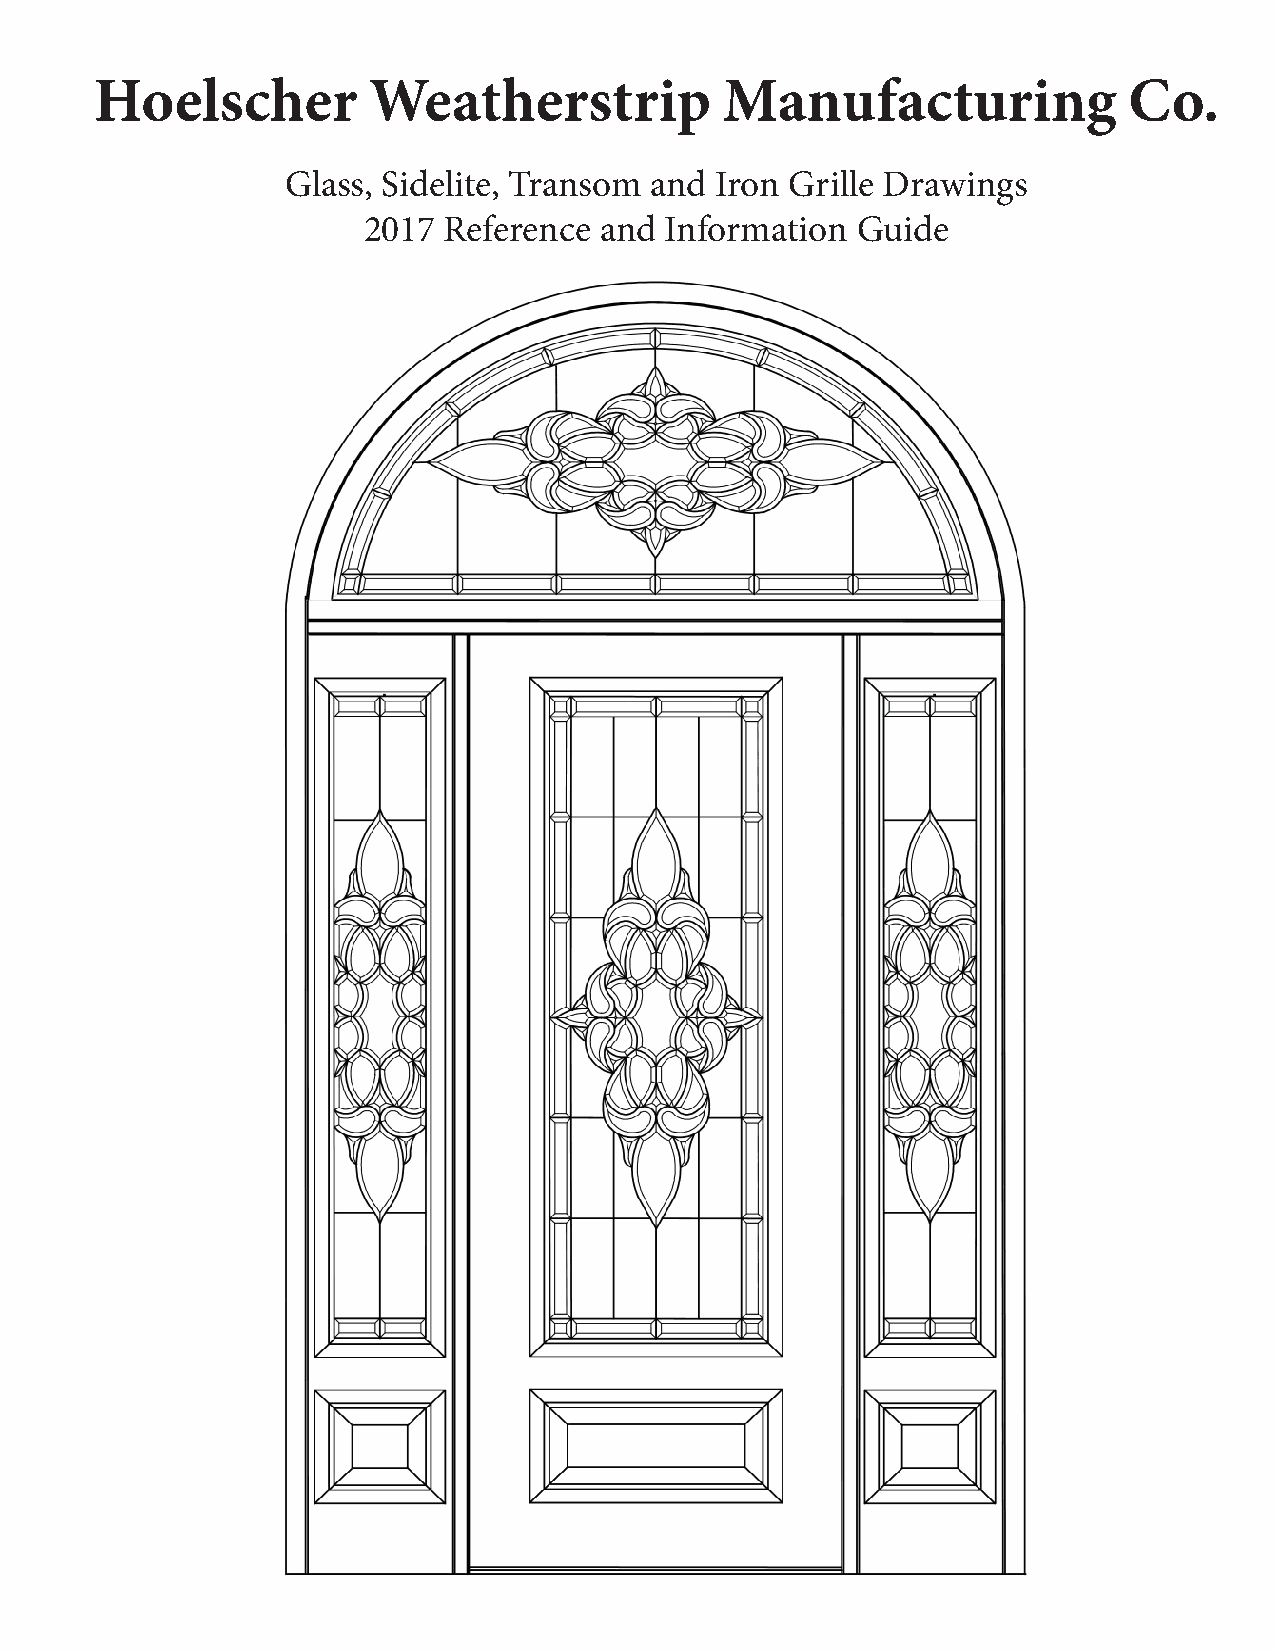
Hoelscher         Weatherstrip            Manufacturing              Co.
 Glass, Sidelite, Transom and Iron Grille Drawings
 2017 Reference  and Information  Guide